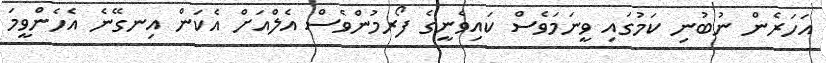
އަހަރެން ނުބުނި ކަމުގައި ވީނަމަވެސް ކައިވެނީގެ ފޯރމުންވެސް އެލްއަށް އެކަން އިނގޭނެ އެހެންވީމަ